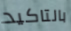
بالتاكيد